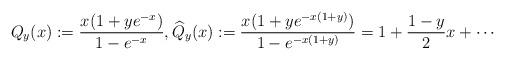
LaTeX: \begin{align*}Q_y(x) := \frac{x(1 + y e^{-x})}{1 - e^{-x}}, \widehat{Q}_y(x) := \frac{x(1 + y e^{-x(1+y)})}{1 - e^{-x(1+y)}} = 1 + \frac{1-y}{2} x +\cdots\end{align*}